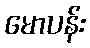
မောပန်း